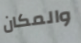
والمكان